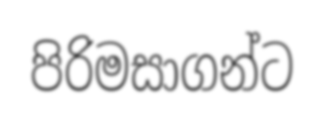
පිරිමසාගන්ට